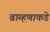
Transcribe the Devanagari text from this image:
ब्राम्हणाकडे